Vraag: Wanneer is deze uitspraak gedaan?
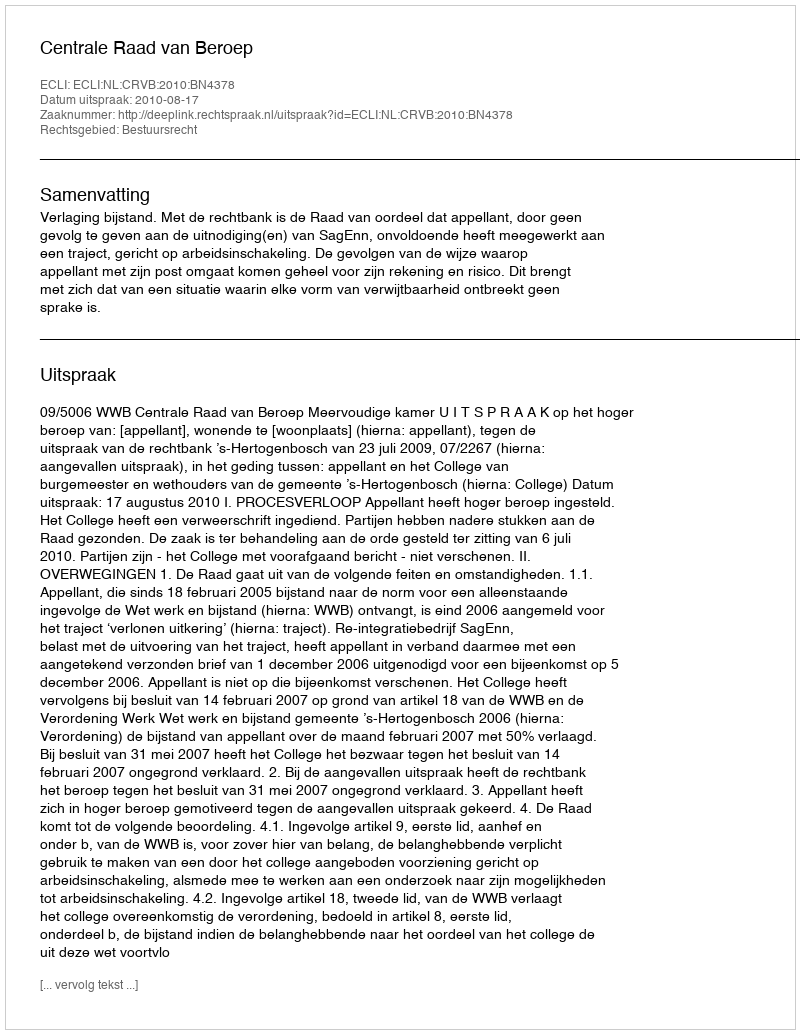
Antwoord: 2010-08-17